Vaccination United Provinces of Agra and Oudh 1923-1928 - 1923-1928
Year: 1923
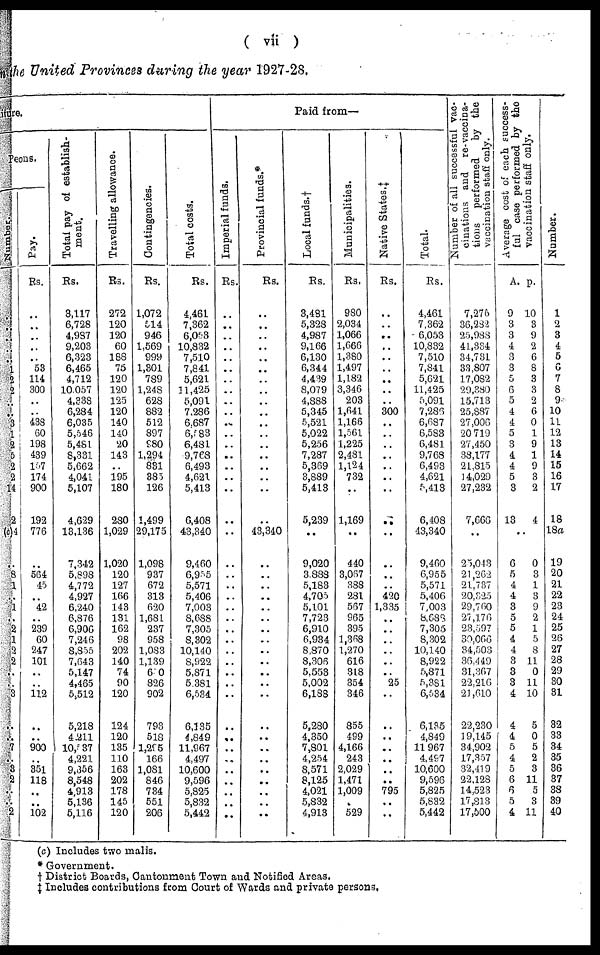
( vii )
in the United Provinces during the year 1927-28.
iture.
Peons.
Number.
..
..
..
..
..
1
2
2
..
.. 3
1
2
5
2
2
14
2
(c)4
..
8
1
..
1
..
2
1
2
2
..
.. 3
..
.. 7
.. 3
2
..
..
2
Pay.
Rs.
..
..
..
..
..
53
114
300
..
..
438
60
198
439
157
174
900
192
776
..
564
45
.. 42
..
239
60
247
101
..
..
112
..
..
900
..
351
118
..
..
102
Total pay of establish-
ment.
Rs.
3,117
6,728
4,987
9,203
6,323
6,465
4,712
10,057
4,338
6,284
6,035
5,546
5,481
8,331
5,662
4,041
5,107
4,629
13,136
7,342
5,898
4,772
4,927
6,240
6,876
6,906
7,246
8,855
7,643
5,147
4,465
5,512
5,218
4,211
10,537
4,221
9,856
8,548
4,913
5,136
5,116
Travelling allowance.
Rs.
272
120
120
60
188
75
120
120
125
120
140
140
20
143
..
195
180
280
1,029
1,020
120
127
166
143
131
162
98
202
140
74
90
120
124
120
135
110
163
202
178
145
120
Contingencies.
Rs.
1,072
514
946
1,569
999
1,301
789
1,248
628
882
512
897
980
1,294
831
385
126
1,499
29,175
1,098
937
672
313
620
1,681
237
958
1,083
1,139
640
826
902
793
518
l,295
166
1,081
846
734
551
206
Total costs.
Rs.
4,461
7,362
6,053
10,832
7,510
7,841
5,621
11,425
5,091
7,286
6,687
6,583
6,481
9,768
6,493
4,621
5,413
6,408
43,340
9,460
6,955
5,571
5,406
7,003
8,688
7,305
8,302
10,140
8,922
5,871
5,381
6,534
6,135
4,849
11,967
4,497
10,600
9,596
5,825
5,832
5,442
Paid from—
Imperial funds.
Rs.
..
..
..
..
..
..
..
..
..
..
..
..
..
..
..
..
..
..
..
..
..
..
..
..
..
..
..
..
..
..
..
..
..
..
..
..
..
..
..
..
..
Provincial funds.*
Rs.
..
..
..
..
..
..
..
..
..
..
..
..
..
..
..
..
..
..
43,340
..
..
..
..
..
..
..
..
..
..
..
..
..
..
..
..
..
..
..
..
..
..
Local funds.†
Rs.
3,491
5,328
4,987
9,166
6,130
6,344
4,439
8,079
4,888
5,345
5,521
5,022
5,256
7,287
5,369
3,889
5,413
5,239
..
9,020
3,888
5,183
4,705
5,101
7,723
6,910
6,934
8,870
8,306
5,553
5,002
6,188
5,280
4,350
7,801
4,254
8,571
8,125
4,021
5,832
4,913
Municipalities.
Rs.
980
2,034
1,066
1,666
1,380
1,497
1,182
3,346
203
1,641
1,166
1,561
1,225
2,481
1,124
732
..
1,169
..
440
3,067
388
281
567
965
395
1,368
1,270
616
318
354
346
855
499
4,166
243
2,029
1,471
1,009
..
529
Native States.‡
Rs.
..
..
..
..
..
..
..
..
..
300
..
..
..
..
..
..
..
..
..
..
..
..
420
1,335
..
..
..
..
..
..
25
..
..
..
..
..
..
..
795
..
..
Total.
Rs.
4,461
7,362
6,053
10,832
7,510
7,841
5,621
11,425
5,091
7,286
6,687
6,583
6,481
9,768
6,493
4,621
5,413
6,408
43,340
9,460
6,955
5,571
5,406
7,003
8,688
7,305
8,302
10,140
8,922
5,871
5,381
6,534
6,135
4,849
11,967
4,497
10,600
9,596
5,825
5,832
5,442
Number of all successful vac-
cinations and re-vaccina¬
tions performed
by the
vaccination staff only.
7,276
36,282
25,988
41,334
34,731
33,807
17,082
29,380
15,713
25,887
27,006
20,719
27,450
38,177
21,815
14,029
27,232
7,666
..
25,043
21,262
21,737
20,325
29,760
27,176
23,597
30,066
34,503
36,449
31,367
22,216
21,610
22,230
19,145
34,902
17,357
32,419
22,128
14,523
17,813
17,500
Average cost of each success-
ful case performed by the
vaccination staff only.
A.
9
3
3
4
3
3
5
6
5
4
4
5
3
4
4
5
3
13
p.
10
3
9
2
6
8
3
3
2
6
0
1
9
1
9
3
2
4
..
6
5
4
4
3
5
5
4
4
3
3
3
4
4
4
5
4
5
6
6
5
4
0
3
1
3
9
2
1
5
8
11
0
11
10
5
0
5
2
3
11
5
3
11
Number.
1
2
3
4
5
6
7
8
9
10
11
12
13
14
15
16
17
18
18a
19
20
21
22
23
24
25
26
27
28
29
30
31
32
33
34
35
36
37
38
39
40
(c) Includes two malis.
* Government.
† District Boards, Cantonment Town and Notified Areas.
‡ Includes contributions from Court of Wards and private persons.